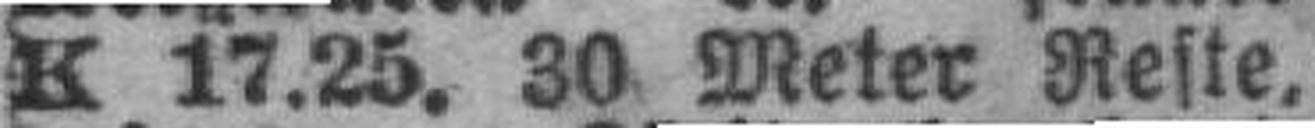
K 17.25. 30 Meter Reste,